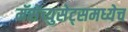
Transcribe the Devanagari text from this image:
मॅसेच्युसेट्समध्येच